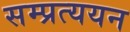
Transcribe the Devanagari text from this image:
सम्प्रत्ययन